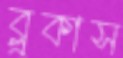
ব্লুকাস